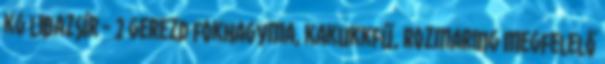
kg libazsír - 2 gerezd fokhagyma, kakukkfű, rozmaring Megfelelő